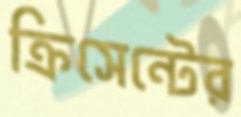
ক্রিসেন্টের